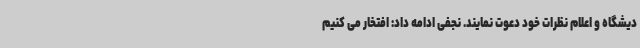
دیشگاه و اعلام نظرات خود دعوت نمایند. نجفی ادامه داد: افتخار می کنیم